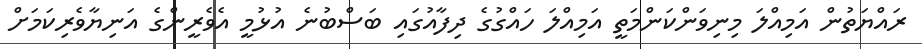
ރައްޔަތުން އަމިއްލަ މިނިވަންކަންމަތީ އަމިއްލަ ހައްގުގެ ދިފާއުގައި ބަސްބުނެ އުޅުމީ އެވެރީންގެ އަނިޔާވެރިކަމަށް